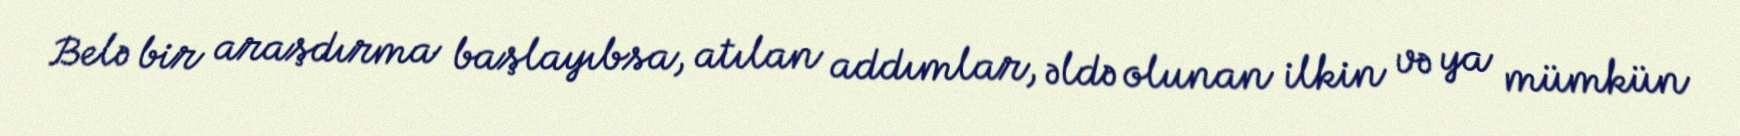
Belə bir araşdırma başlayıbsa, atılan addımlar, əldə olunan ilkin və ya mümkün